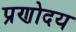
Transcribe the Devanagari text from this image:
प्रणोदय